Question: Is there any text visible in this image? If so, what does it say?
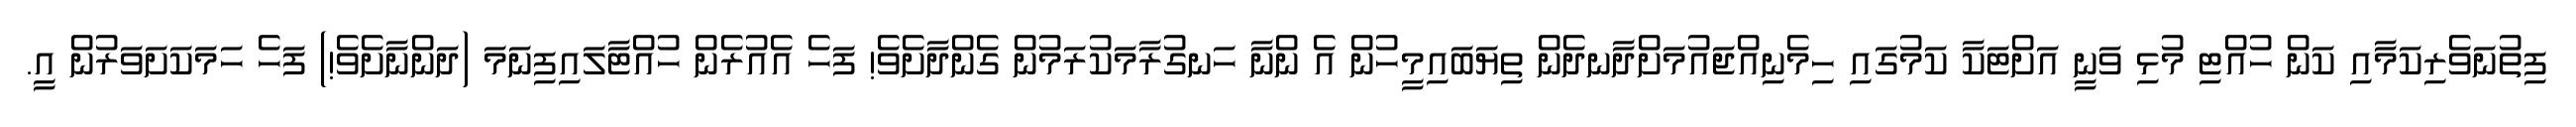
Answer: ފިތުނަވެރިކަމާއި ކަން ހުއްޓި މުޅި ވަނީ އަށްޓަކާ ކަމުގައި ހިމެނިއްޖައުމަށްދާނދެން ތިޔަބައިމީހުން އެ ންނާ ހަނގުރާމަކުރަމުން ގެންދާށެވެ! ފަހެ އެއުރެން ހުއްޓާލައިފިނަމަ (ދަންނާށެވެ!) ފަހެ ހަމަކަށަވަރުން އީ.